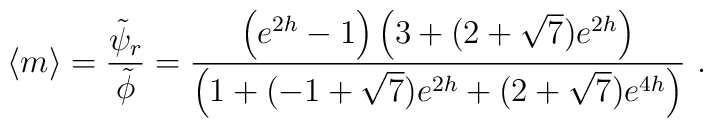
\langle m \rangle={\tilde\psi_r\over\tilde{\phi}}=  {\left(e^{2h} - 1\right)\left(3 + (2+\sqrt{7})e^{2h}\right)\over  \left(1 +(-1+\sqrt{7})e^{2h} + (2+\sqrt{7})e^{4h}\right)}\ .